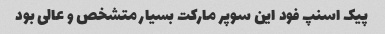
پیک اسنپ فود این سوپر مارکت بسیار متشخص و عالی بود